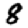
Digit: 8